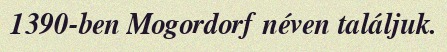
1390-ben Mogordorf néven találjuk.